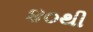
૪૦થી